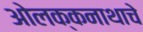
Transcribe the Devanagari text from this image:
ओलक्कनाथाचे